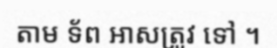
តាម ទ័ព អាសត្រូវ ទៅ ។